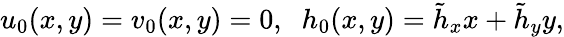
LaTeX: u_{0}(x,y)=v_{0}(x,y)=0,\; \; h_{0}(x,y)=\tilde{h}_{x}x+\tilde{h}_{y}y,